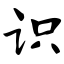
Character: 识